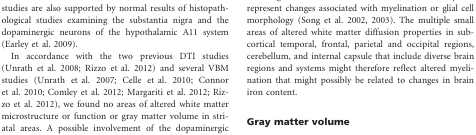
<table><thead><tr><td><b>Region</b></td><td><b>Size (mm<sup>3</sup>)</b></td><td><b>Maximum <i>P</i> (10<sup>−x</sup>)</b></td><td><b>Corrected Cluster wise <i>P</i></b></td><td><b><i>X</i></b></td><td><b><i>Y</i></b></td><td><b><i>Z</i></b></td></tr></thead><tbody><tr><td colspan="7">Regions with significant lower FA values</td></tr><tr><td> Temporal (R)</td><td>80</td><td>−2.38</td><td>&lt;0.0001</td><td>32</td><td>85</td><td>106</td></tr><tr><td> Brainstem</td><td>14</td><td>−2.04</td><td>&lt;0.0001</td><td>89</td><td>97</td><td>44</td></tr><tr><td> Olfactory</td><td>48</td><td>−2.03</td><td>&lt;0.0001</td><td>95</td><td>143</td><td>54</td></tr><tr><td> Cerebellum</td><td>212</td><td>−2.84</td><td>&lt;0.0001</td><td>54</td><td>54</td><td>33</td></tr><tr><td colspan="7">Regions with significant higher FA values</td></tr><tr><td> Temporal (R)</td><td>382</td><td>2.80</td><td>&lt;0.0001</td><td>49</td><td>139</td><td>41</td></tr><tr><td> Temporal (L)</td><td>133</td><td>2.85</td><td>&lt;0.0001</td><td>140</td><td>139</td><td>56</td></tr><tr><td> Lingula/occipital</td><td>95</td><td>3.14</td><td>&lt;0.0001</td><td>68</td><td>65</td><td>71</td></tr><tr><td> Capsula int. (R)</td><td>89</td><td>2.24</td><td>&lt;0.0001</td><td>66</td><td>115</td><td>84</td></tr></tbody></table>